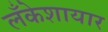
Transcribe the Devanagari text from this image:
लँकेशायार